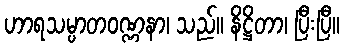
ဟာရသမ္ပာတဝဏ္ဏနာ၊ သည်။ နိဋ္ဌိတာ၊ ပြီးပြီ။